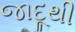
જાદૂથી